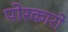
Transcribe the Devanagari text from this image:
पोरकारो